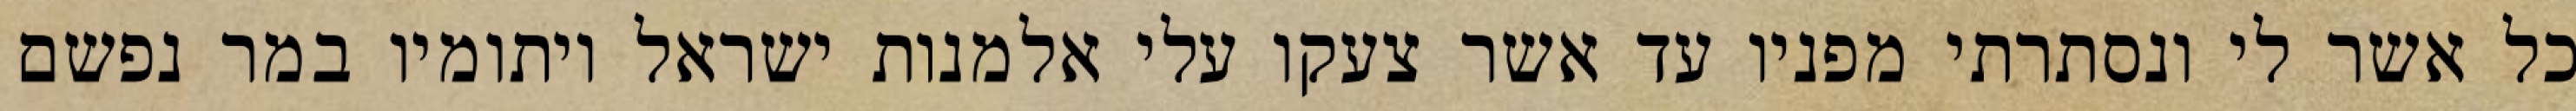
כל אשר לי ונסתרתי מפניו עד אשר צעקו עלי אלמנות ישראל ויתומיו במר נפשם